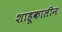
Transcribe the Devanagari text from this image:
शाहूकालीन